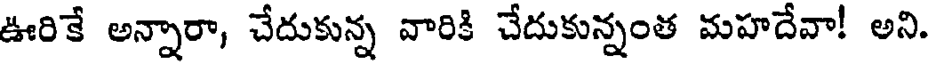
ఊరికే అన్నారా, చేదుకున్న వారికి చేదుకున్నంత మహదేవా! అని.